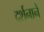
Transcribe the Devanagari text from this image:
दर्शनानें